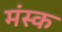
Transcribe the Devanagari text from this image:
मंस्क